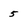
Character: 5